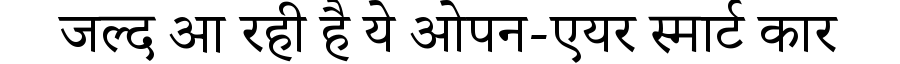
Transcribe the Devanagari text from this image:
जल्द आ रही है ये ओपन-एयर स्मार्ट कार